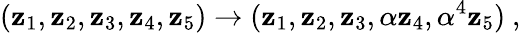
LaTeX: (\mathbf{z}_{1},\mathbf{z}_{2},\mathbf{z}_{3},\mathbf{z}_{4},\mathbf{z}_{5})\rightarrow(\mathbf{z}_{1},\mathbf{z}_{2},\mathbf{z}_{3},\alpha\mathbf{z}_{4},\alpha^{4}\mathbf{z}_{5})~,